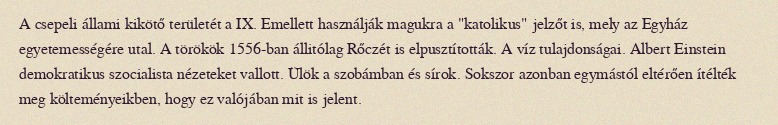
A csepeli állami kikötő területét a IX. Emellett használják magukra a "katolikus" jelzőt is, mely az Egyház egyetemességére utal. A törökök 1556-ban állitólag Rőczét is elpusztították. A víz tulajdonságai. Albert Einstein demokratikus szocialista nézeteket vallott. Ülök a szobámban és sírok. Sokszor azonban egymástól eltérően ítélték meg költeményeikben, hogy ez valójában mit is jelent.